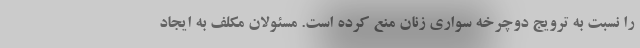
را نسبت به ترویج دوچرخه سواری زنان منع کرده است. مسئولان مکلف به ایجاد